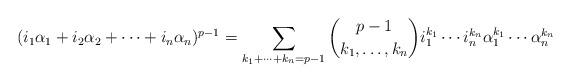
LaTeX: \begin{align*}(i_1\alpha_1 + i_2 \alpha_2 + \cdots + i_n \alpha_n)^{p-1}= \sum_{k_1+\cdots +k_n=p-1} \binom{p-1}{k_1,\ldots,k_n} i_1^{k_1}\cdots i_n^{k_n} \alpha_1^{k_1}\cdots \alpha_n^{k_n}\end{align*}